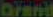
Grand